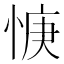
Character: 𫺝